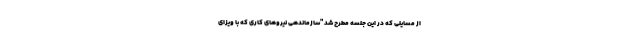
از مسایلی که در این جلسه مطرح شد "سازماندهی نیروهای کاری که با ویزای